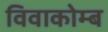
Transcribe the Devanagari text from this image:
विवाकोम्ब